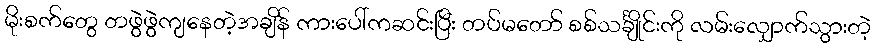
မိုးစက်တွေ တဖွဲဖွဲကျနေတဲ့အချိန် ကားပေါ်ကဆင်းပြီး တပ်မတော် စစ်သင်္ချိုင်းကို လမ်းလျှောက်သွားတဲ့